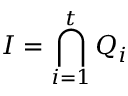
I = \bigcap _ { i = 1 } ^ { t } Q _ { i }